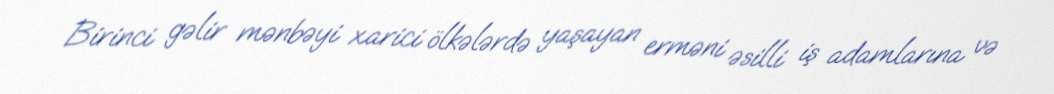
Birinci gəlir mənbəyi xarici ölkələrdə yaşayan erməni əsilli iş adamlarına və